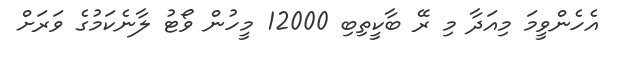
އެހެންވީމަ މިއަދާ މި ރޭ ބާކީތިބި 12000 މީހުން ވޯޓު ލާނެކަމުގެ ވަރަށް